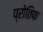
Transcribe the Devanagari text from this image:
प्रोतिफ